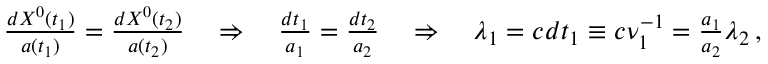
\begin{array} { r } { \frac { d X ^ { 0 } ( t _ { 1 } ) } { a ( t _ { 1 } ) } = \frac { d X ^ { 0 } ( t _ { 2 } ) } { a ( t _ { 2 } ) } \quad \Rightarrow \quad \frac { d t _ { 1 } } { a _ { 1 } } = \frac { d t _ { 2 } } { a _ { 2 } } \quad \Rightarrow \quad \lambda _ { 1 } = c d t _ { 1 } \equiv c \nu _ { 1 } ^ { - 1 } = \frac { a _ { 1 } } { a _ { 2 } } \lambda _ { 2 } \, , } \end{array}